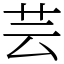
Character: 芸